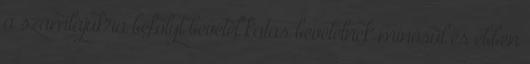
a számlájukra befolyt bevétel katás bevételnek minősül és ebben